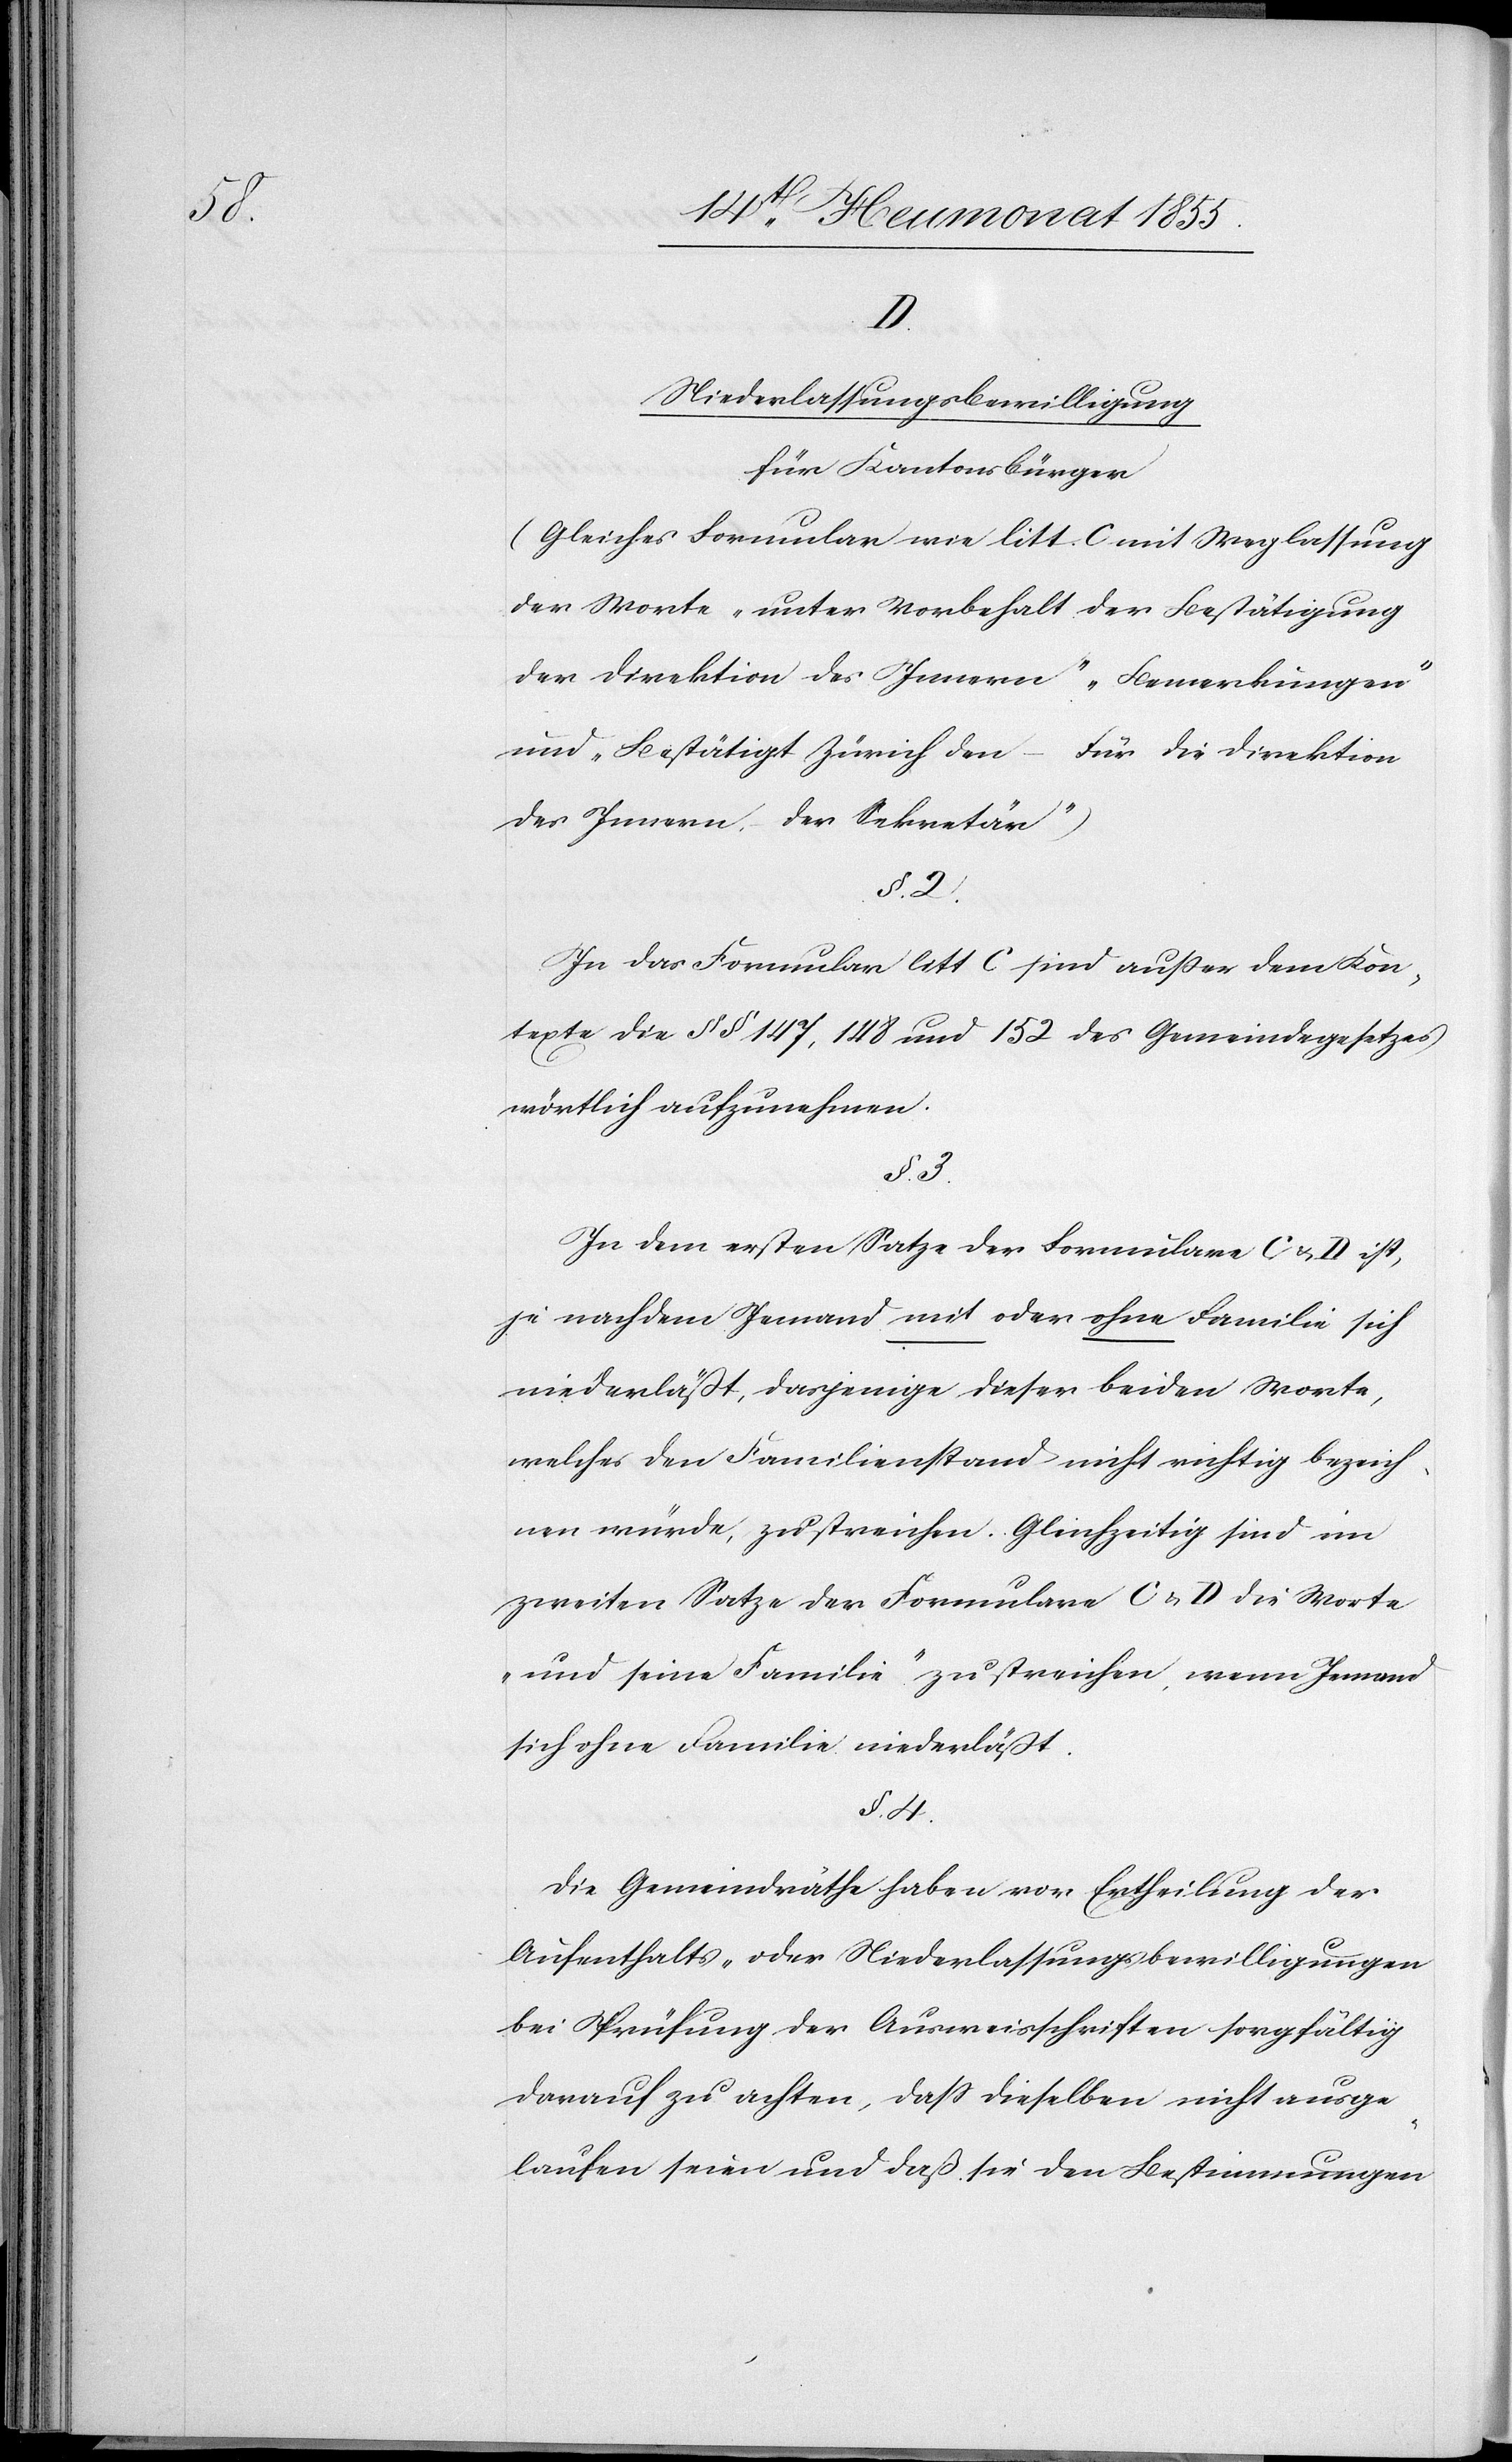
D.

Niederlassungsbewilligung
für Kantonsbürger
(Gleiches Formular wie litt. C mit Weglassung
der Worte „unter Vorbehalt der Bestätigung
der Direktion des Innern“[,] „Bemerkungen“
und „Bestätigt Zürich den – Für die Direktion
des Innern. – Der Sekretär“)
§. 2.
In das Formular litt C sind außer dem Kon¬
texte die §§ 147, 148 und 152 des Gemeindegesetzes
wörtlich aufzunehmen.
§. 3.
In dem ersten Satze der Formulare C & D ist,
je nachdem Jemand mit oder ohne Familie sich
niederläßt, dasjenige dieser beiden Worte,
welches den Familienstand nicht richtig bezeich¬
nen würde, zu streichen. Gleichzeitig sind im
zweiten Satze der Formulare C & D die Worte
„und seine Familie“ zu streichen, wenn Jemand
sich ohne Familie niederläßt.
§. 4.
Die Gemeindräthe haben vor Ertheilung der
Aufenthalts- oder Niederlassungsbewilligungen
bei Prüfung der Ausweisschriften sorgfältig
darauf zu achten, dass dieselben nicht ausge¬
laufen seien und daß sie den Bestimmungen